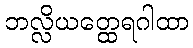
ဘလ္လိယတ္ထေရဂါထာ